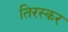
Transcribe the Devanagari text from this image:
तिरस्कर